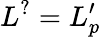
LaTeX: L^{?}=L_{p}^{\prime}